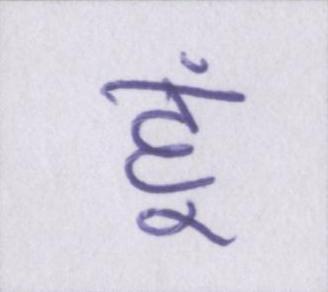
हूं